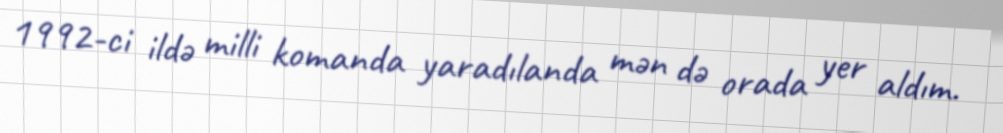
1992-ci ildə milli komanda yaradılanda mən də orada yer aldım.